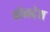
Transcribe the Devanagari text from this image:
चोलदेश